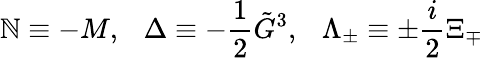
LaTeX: \mathbb{N}\equiv-M,\ \ \ \Delta\equiv-\frac{1}{2}\tilde{{G}}^{3},\ \ \ \Lambda_{\pm}\equiv\pm\frac{i}{2}\Xi_{\mp}